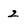
Character: 2